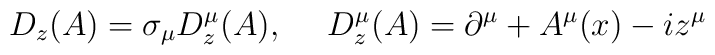
D_z(A)=\sigma_\mu D^\mu_z(A),~~~~D_z^\mu(A)=\partial^\mu+A^\mu(x)-iz^\mu